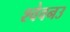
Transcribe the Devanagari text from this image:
श्वेवनउ